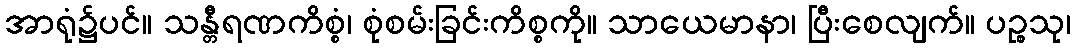
အာရုံ၌ပင်။ သန္တီရဏကိစ္စံ၊ စုံစမ်းခြင်းကိစ္စကို။ သာယေမာနာ၊ ပြီးစေလျက်။ ပဉ္စသု၊